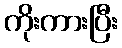
ကိုးကားပြီး